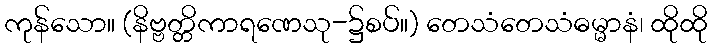
ကုန်သော။ (နိဗ္ဗတ္တိကာရဏေသု-၌စပ်။) တေသံတေသံဓမ္မာနံ၊ ထိုထို